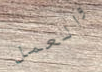
والعمل